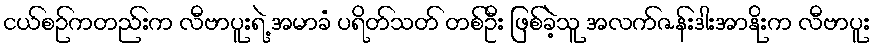
ငယ်စဉ်ကတည်းက လီဗာပူးရဲ့ အမာခံ ပရိတ်သတ် တစ်ဦး ဖြစ်ခဲ့သူ အလက်ဇန်းဒါးအာနိုးက လီဗာပူး